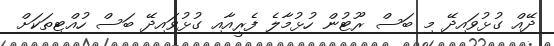
ދޭއް ގުޅުވައިދޭ މި ބަސް ރޫޓުން ހުޅުމާލެ ފެރީއާއި ގުޅުވައިދޭ ބަސް ހުއްޓިތަކަށް